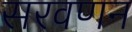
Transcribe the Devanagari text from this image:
सरवणन